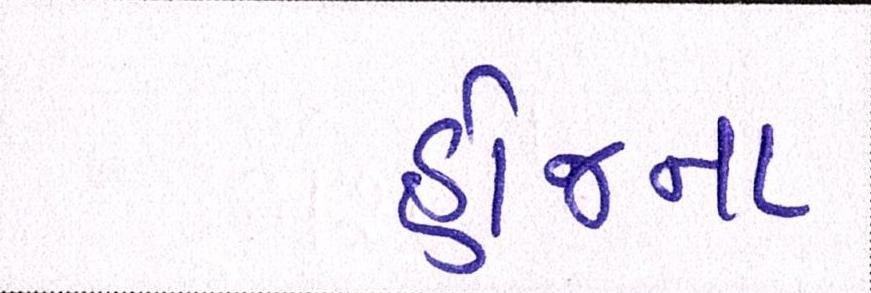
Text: હોજના